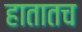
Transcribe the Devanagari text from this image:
हातातच